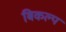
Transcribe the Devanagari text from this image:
बिकल्प